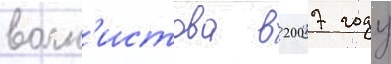
волн'истова в 2007 году